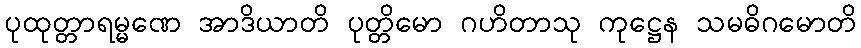
ပုထုတ္တာရမ္မဏေ အာဒိယာတိ ပုတ္တိမော ဂဟိတာသု ကုဋ္ဌေန သမဓိဂမောတိ